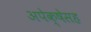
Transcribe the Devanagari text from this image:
अपेक्षेसह